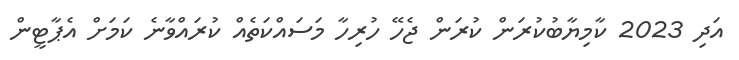
އަދި 2023 ކާމިޔާބުކުރަން ކުރަން ޖެހޭ ހުރިހާ މަސައްކަތެއް ކުރައްވާނެ ކަމަށް އެޕާޓީން